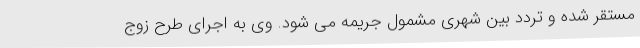
مستقر شده و تردد بین شهری مشمول جریمه می شود. وی به اجرای طرح زوج